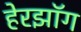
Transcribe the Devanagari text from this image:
हेरझॉग